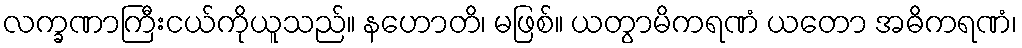
လက္ခဏာကြီးငယ်ကိုယူသည်။ နဟောတိ၊ မဖြစ်။ ယတွာမိကရဏံ ယတော အဓိကရဏံ၊